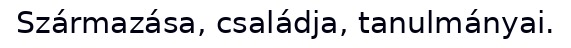
Származása, családja, tanulmányai.